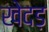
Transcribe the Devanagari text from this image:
खेदड़